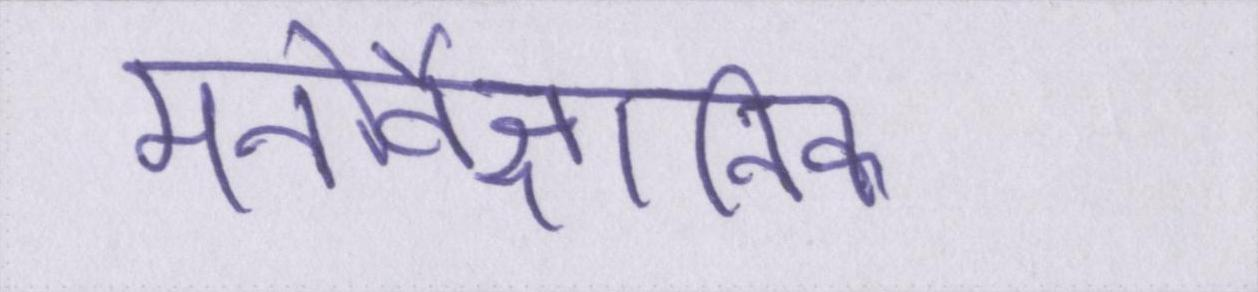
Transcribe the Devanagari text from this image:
मनोवैज्ञानिक